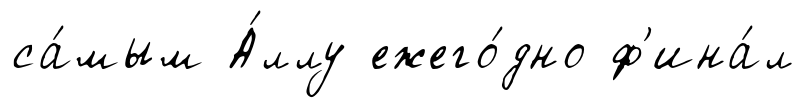
са́мым А́ллу ежего́дно ф'ина́л